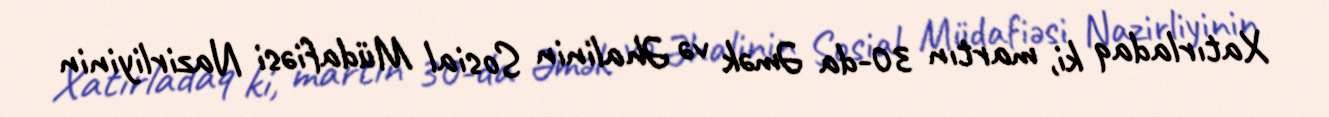
Xatırladaq ki, martın 30-da Əmək və Əhalinin Sosial Müdafiəsi Nazirliyinin